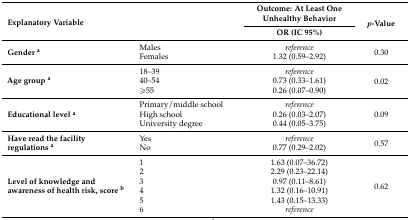
<table><thead><tr><td rowspan="2"><b>Explanatory Variable</b></td><td rowspan="2"></td><td><b>Outcome: At Least One Unhealthy Behavior</b></td><td rowspan="2"><b><i>p</i>-Value</b></td></tr><tr><td><b>OR (IC 95%)</b></td></tr></thead><tbody><tr><td rowspan="2"><b>Gender <sup>a</sup></b></td><td>Males</td><td><i>reference</i></td><td rowspan="2">0.30</td></tr><tr><td>Females</td><td>1.32 (0.59–2.92)</td></tr><tr><td rowspan="3"><b>Age group <sup>a</sup></b></td><td>18–39</td><td><i>reference</i></td><td rowspan="3">0.02</td></tr><tr><td>40–54</td><td>0.73 (0.33–1.61)</td></tr><tr><td>≥55</td><td>0.26 (0.07–0.90)</td></tr><tr><td rowspan="3"><b>Educational level <sup>a</sup></b></td><td>Primary/middle school</td><td><i>reference</i></td><td rowspan="3">0.09</td></tr><tr><td>High school</td><td>0.26 (0.03–2.07)</td></tr><tr><td>University degree</td><td>0.44 (0.05–3.75)</td></tr><tr><td rowspan="2"><b>Have read the facility regulations <sup>a</sup></b></td><td>Yes</td><td><i>reference</i></td><td rowspan="2">0.57</td></tr><tr><td>No</td><td>0.77 (0.29–2.02)</td></tr><tr><td rowspan="6"><b>Level of knowledge and awareness of health risk, score <sup>b</sup></b></td><td>1</td><td>1.63 (0.07–36.72)</td><td rowspan="6">0.62</td></tr><tr><td>2</td><td>2.29 (0.23–22.14)</td></tr><tr><td>3</td><td>0.97 (0.11–8.61)</td></tr><tr><td>4</td><td>1.32 (0.16–10.91)</td></tr><tr><td>5</td><td>1.43 (0.15–13.33)</td></tr><tr><td>6</td><td><i>reference</i></td></tr></tbody></table>